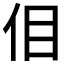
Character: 𪜮